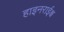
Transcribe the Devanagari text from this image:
हाइनराईश्च